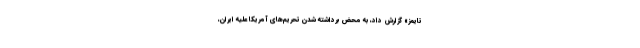
تایمز» گزارش داد، به محض برداشته شدن تحریم‌های آمریکا علیه ایران،